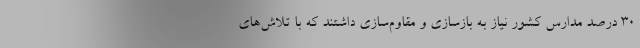
۳۰ درصد مدارس کشور نیاز به بازسازی و مقاوم‌سازی داشتند که با تلاش‌های